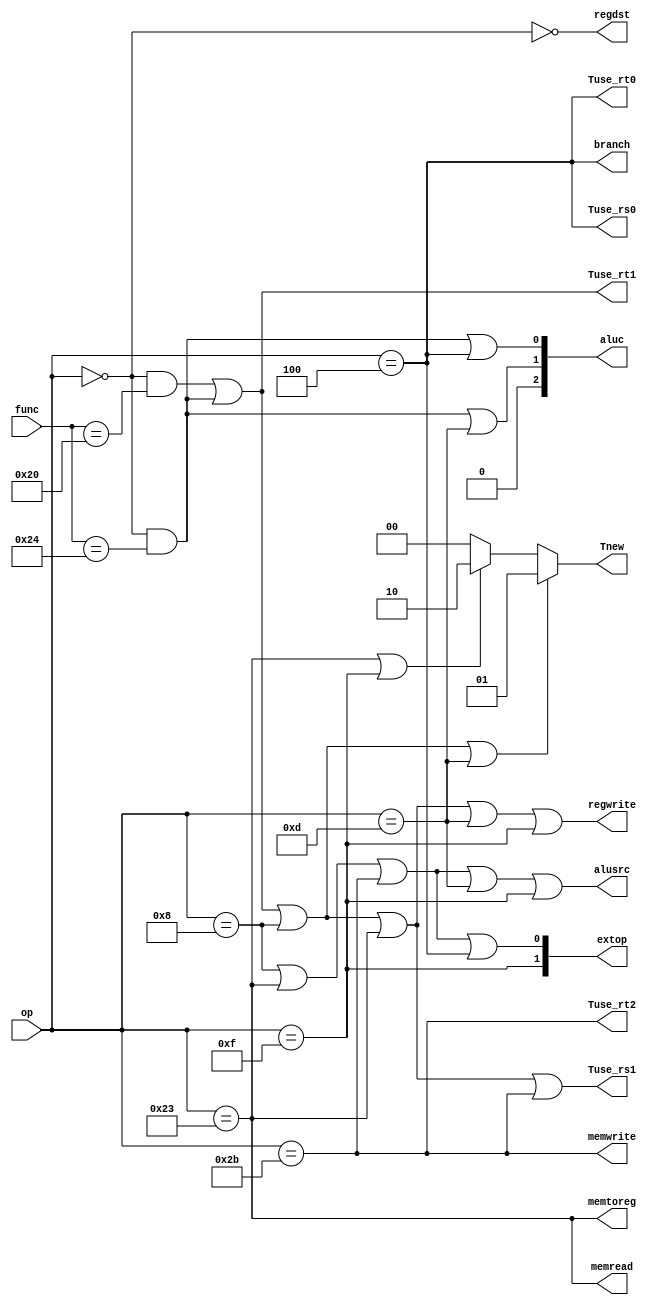
`timescale 1ns / 1ps
//////////////////////////////////////////////////////////////////////////////////
// Company: 
// Engineer: 
// 
// Design Name: 
// Module Name: Ctrl
// Project Name: 
// Target Devices: 
// Tool Versions: 
// Description: 
// 
// Dependencies: 
// 
// Revision:
// Revision 0.01 - File Created
// Additional Comments:
// 
//////////////////////////////////////////////////////////////////////////////////


module Ctrl(
    input [5:0] func,
    input [5:0] op,
    output regwrite,
    output [2:0] aluc,
    output alusrc,
    output regdst,
    output memtoreg,
    output memwrite,
    output [1:0] extop,
    output branch,
    output memread,
    output Tuse_rs0, Tuse_rs1, Tuse_rt0, Tuse_rt1, Tuse_rt2,
    output reg [1:0] Tnew
    );
    //r   
    wire r = (op == 6'b000000);
    wire add =(r && func == 6'b100000); 
    wire and_ = (r && func == 6'b100100);
 
    
 //i   
    wire addi = (op == 6'b001000);
    wire lui = (op == 6'b001111);
    wire ori = (op == 6'b001101);
 
    wire lw = (op == 6'b100011);
    wire sw = (op == 6'b101011);
    
    wire beq =( op == 6'b000100);
  
    
//j  
    wire j = (op == 6'b000010);
  
	 
    assign regwrite = add |and_ |addi  |lw |ori|lui;
    assign aluc[2] = 0;
    assign aluc[1] = and_ |ori;
    assign aluc[0] = and_ | beq;
    assign alusrc = addi | lw |  sw|ori|lui;
    assign regdst = ~r;
    assign memtoreg = lw ; 
    assign memwrite = sw;
    assign extop[1] = lui;//
    assign extop[0] = addi  | lw  | sw | beq;//
    assign branch = beq;//
    assign memread = lw ;

    assign Tuse_rs0 = beq;
    assign Tuse_rs1 = add |and_|addi | lw | sw ;

    assign Tuse_rt0 = beq;
    assign Tuse_rt1 = add | and_;
    assign Tuse_rt2 = sw;

    always @ (*) begin
        if (add | and_ | addi|ori )
            Tnew <= 1;
        else if (lw|lui) 
            Tnew <= 2;
        else Tnew <= 0;
    end
    
endmodule